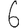
Digit: 6